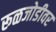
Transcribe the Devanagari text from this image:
रूळजोडीवर